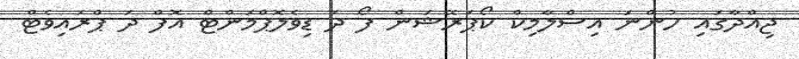
ޖިއްދާގައި ހުންނަ އިސްލާމިކް ކޯޕަރޭޝަން ފޯ ދަ ޑިވެލޮޕްމަންޓް އޮފް ދަ ޕްރައިވެޓް